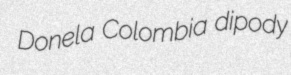
Donela Colombia dipody